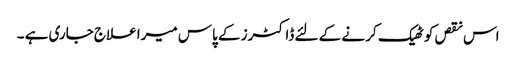
اس نقص کو ٹھیک کر نے کے لئے ڈاکٹرز کے پاس میرا علاج جاری ہے ۔